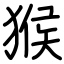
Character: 猴